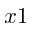
x 1